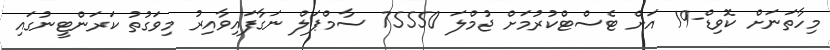
މިހާތަނަށް ކޮވިޑް-19 އަށް ޓެސްޓްކުރުމަށް ޖުމްލަ 75550 ސާމްޕަލް ނަގާފައިވާއިރު މިވަގުތު ކަރަންޓީނުގައި